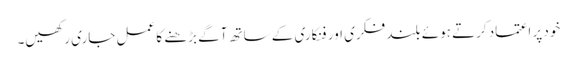
خود پر اعتماد کرتے ہوئے بلند فکری اور فنکاری کے ساتھ آگے بڑھنے کا عمل جاری رکھیں۔